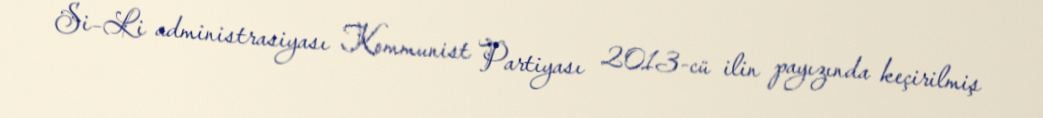
Si–Li administrasiyası Kommunist Partiyası 2013-cü ilin payızında keçirilmiş